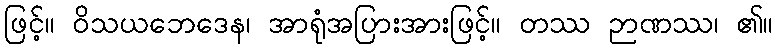
ဖြင့်။ ဝိသယဘေဒေန၊ အာရုံအပြားအားဖြင့်။ တဿ ဉာဏဿ၊ ၏။